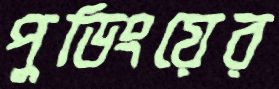
পুডিংয়ের